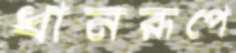
ধানরূপে